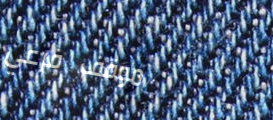
موقف فرعي